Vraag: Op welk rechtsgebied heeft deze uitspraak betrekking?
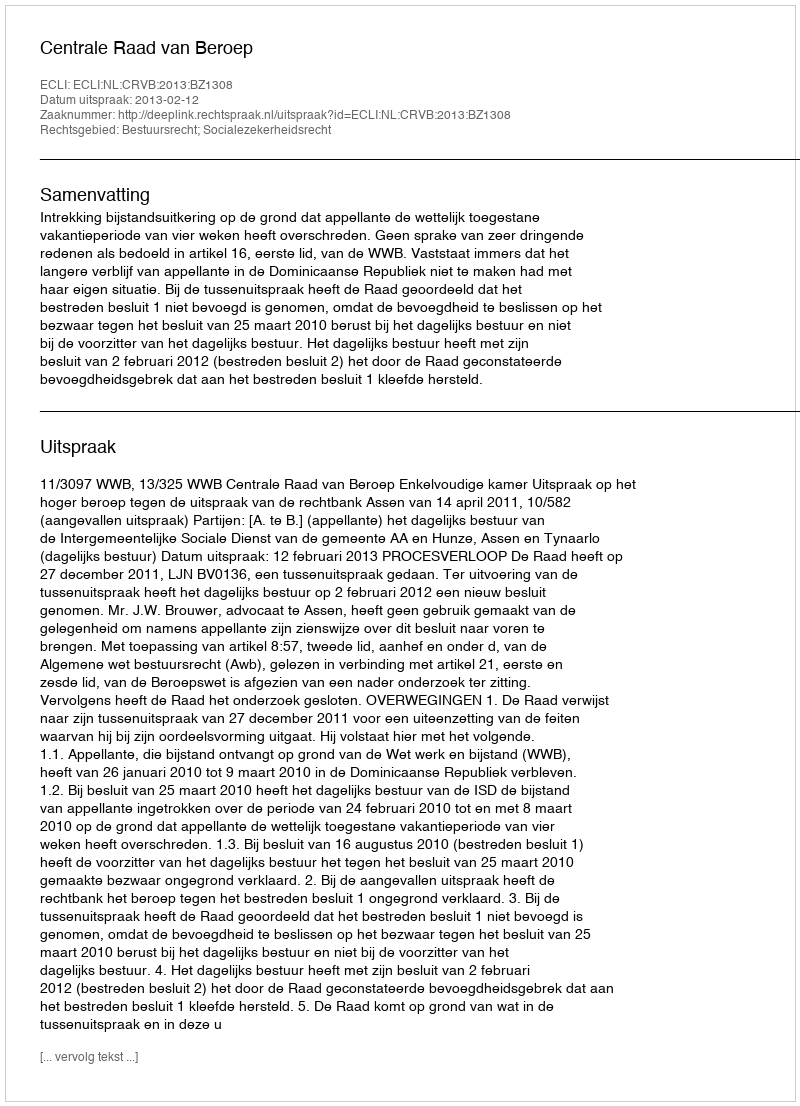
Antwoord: Bestuursrecht; Socialezekerheidsrecht